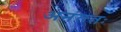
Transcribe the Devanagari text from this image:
अनंततः